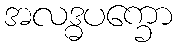
အလဒ္ဓပက္ခော